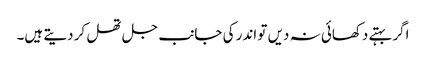
اگر بہتے دکھائی نہ دیں تو اندر کی جانب جل تھل کر دیتے ہیں۔